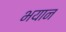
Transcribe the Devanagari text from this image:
भयान